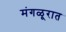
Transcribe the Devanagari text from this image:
मंगळूरात